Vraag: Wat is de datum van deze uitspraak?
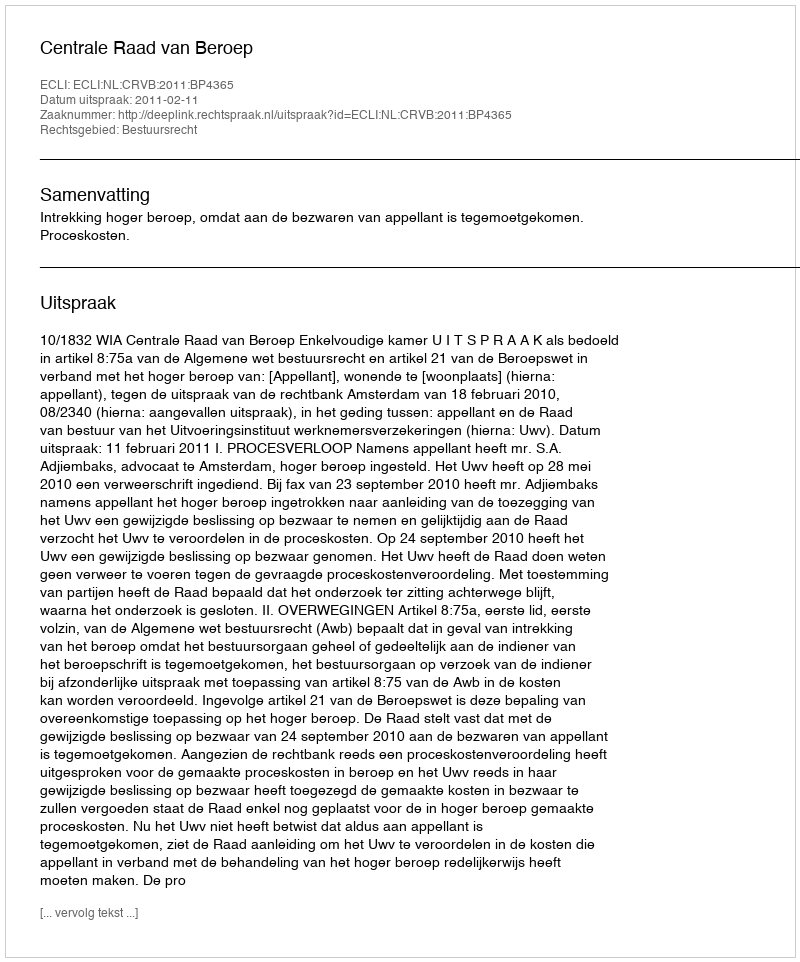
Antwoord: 2011-02-11